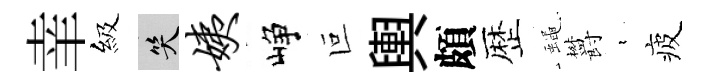
𦍒級笑姨峥叵輿頗歴蠅欝裊疲